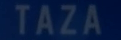
TAZA